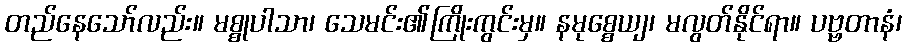
တည်နေသော်လည်း။ မစ္စုပါသာ၊ သေမင်း၏ကြိုးကွင်းမှ။ နမုစ္စေယျ၊ မလွတ်နိုင်ရာ။ ပဗ္ဗတာနံ၊